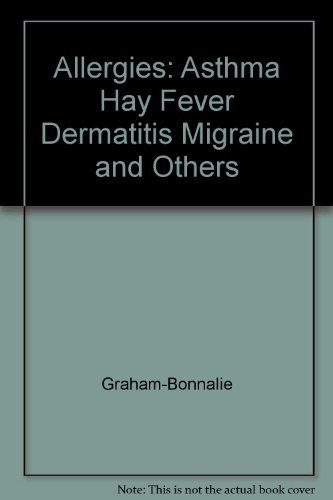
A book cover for Allergies: Asthma Hay Fever Dermatitis Migraine and Others; Graham-Bonnalie; Health, Fitness & Dieting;